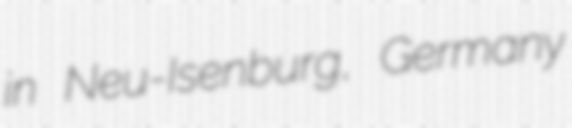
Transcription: in Neu-Isenburg, Germany